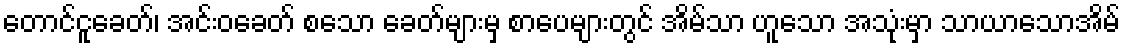
တောင်ငူခေတ်၊ အင်းဝခေတ် စသော ခေတ်များမှ စာပေများတွင် အိမ်သာ ဟူသော အသုံးမှာ သာယာသောအိမ်